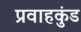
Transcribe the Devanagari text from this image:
प्रवाहकुंड